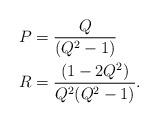
LaTeX: \begin{align*}P&= \frac{Q}{(Q^2-1)} \\R&=\frac{(1-2Q^2)}{Q^2(Q^2-1)}.\end{align*}